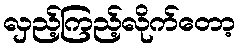
လှည့်ကြည့်လိုက်တော့